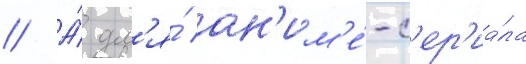
// А́ дл'я́ ан'им'е́-с'ер'иа́ла